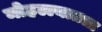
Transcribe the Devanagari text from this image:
मोहल्ल्यातला